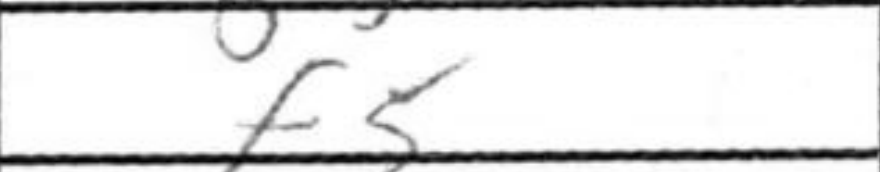
Transcription: f5